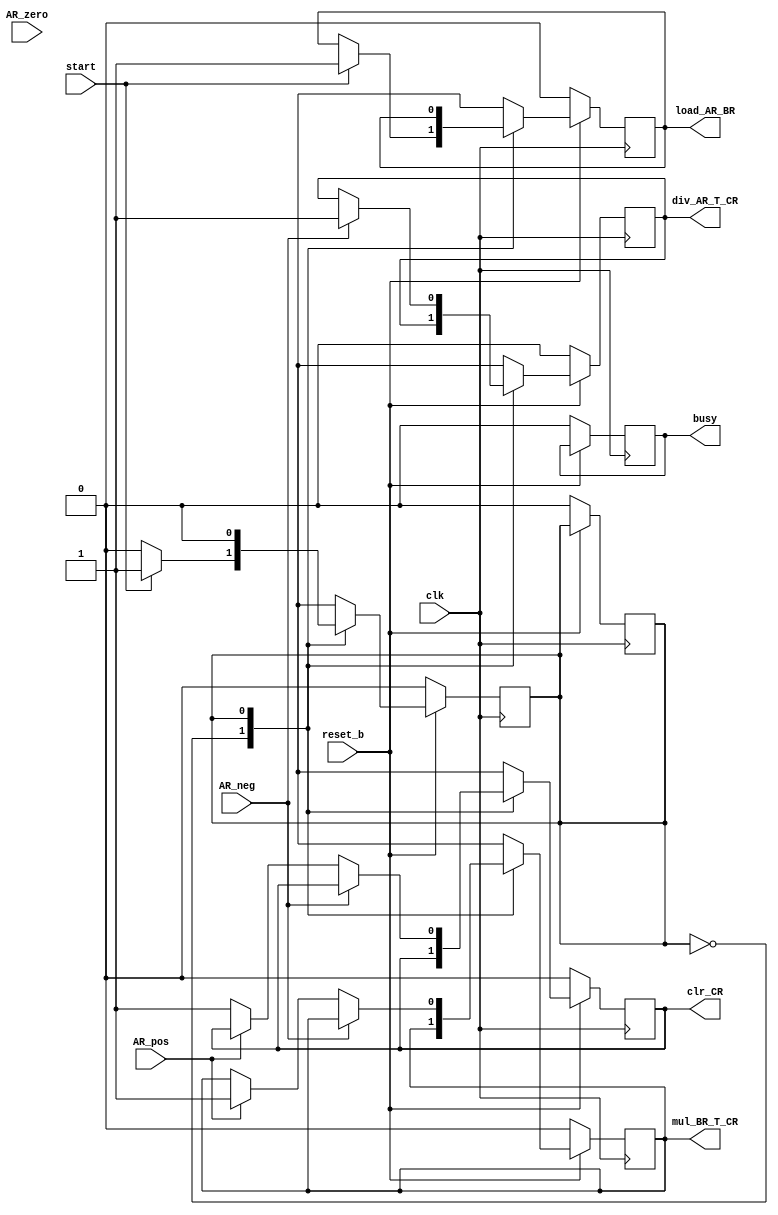
module AR_BR_CR_controller(load_AR_BR, div_AR_T_CR, mul_BR_T_CR, clr_CR, busy, AR_neg, AR_pos, AR_zero, clk, reset_b, start);
  
  parameter S0 = 1'b0;
  parameter S1 = 1'b1;
  
  input AR_neg, AR_pos, AR_zero, clk, reset_b, start;
  output reg busy, load_AR_BR, div_AR_T_CR, mul_BR_T_CR, clr_CR;
  
  reg state, next_state;
  always @(next_state) begin
    state = next_state;
  end
  
  always @(posedge clk) begin
    
    if(reset_b == 0) begin
      state = S0;
      next_state = S0;
      load_AR_BR = 0;
      busy = 0;
      div_AR_T_CR = 0;
      mul_BR_T_CR = 0;
      clr_CR = 0;
    end
    
    else begin
      case (state)
        S0: begin
          if(start == 1) begin
            load_AR_BR = 1;
            next_state = S1;
          end
          else next_state = S0;
        end
        S1: begin
          if (AR_neg == 1) begin
            div_AR_T_CR = 1;
            next_state = S0;
          end
          else if (AR_pos == 1) begin
            mul_BR_T_CR = 1;
            next_state = S0;
          end
          else begin
            clr_CR = 1;
            next_state = S0;
          end
        end
      endcase
    end
  end
endmodule